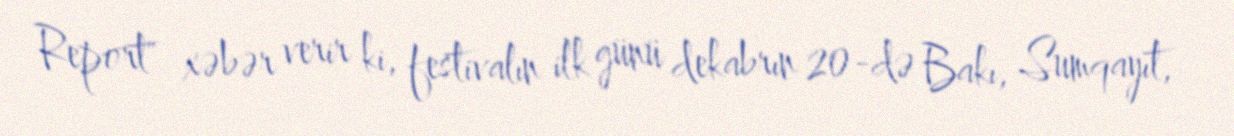
Report" xəbər verir ki, festivalın ilk günü dekabrın 20-də Bakı, Sumqayıt,